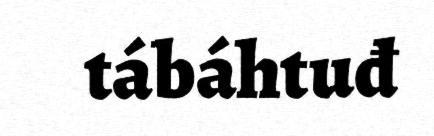
tábáhtuđ